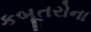
કબૂતરોના